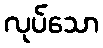
လုပ်သော